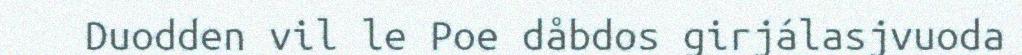
Duodden vil le Poe dåbdos girjálasjvuoda